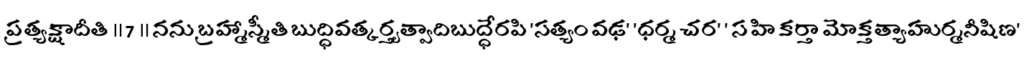
ప్రత్యక్షాదీతి ॥ 7 ॥ నను బ్రహ్మాస్మీతి బుద్ధివత్కర్తృత్వాదిబుద్ధేరపి 'సత్యం వఢ' 'ధర్మ చర' ' స హి కర్తా మోక్తత్యాహుర్మనీషిణ'